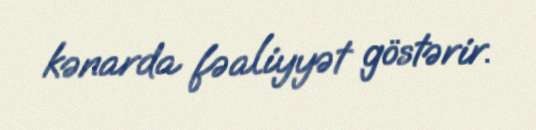
kənarda fəaliyyət göstərir.